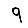
Digit: 9